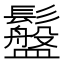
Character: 䰔